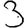
Digit: 3